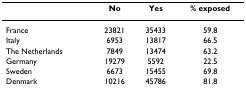
<table><thead><tr><td></td><td><b>No</b></td><td><b>Yes</b></td><td><b>% exposed</b></td></tr></thead><tbody><tr><td>France</td><td>23821</td><td>35433</td><td>59.8</td></tr><tr><td>Italy</td><td>6953</td><td>13817</td><td>66.5</td></tr><tr><td>The Netherlands</td><td>7849</td><td>13474</td><td>63.2</td></tr><tr><td>Germany</td><td>19279</td><td>5592</td><td>22.5</td></tr><tr><td>Sweden</td><td>6673</td><td>15455</td><td>69.8</td></tr><tr><td>Denmark</td><td>10216</td><td>45786</td><td>81.8</td></tr></tbody></table>